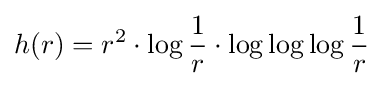
h(r)=r^{2}\cdot \log {\frac {1}{r}}\cdot \log \log \log {\frac {1}{r}}